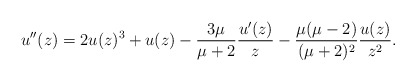
\begin{align*} u''(z)=2u(z)^3+u(z)-\frac{3\mu}{\mu+2}\frac{u'(z)}{z}-\frac{\mu(\mu-2)}{(\mu+2)^2}\frac{u(z)}{z^2}.\end{align*}